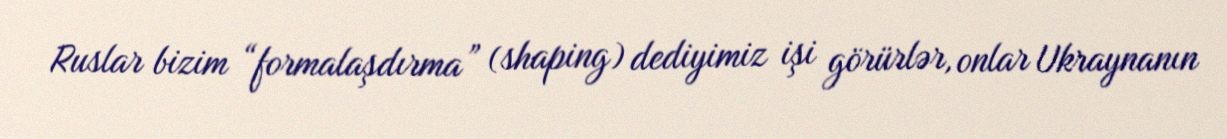
Ruslar bizim “formalaşdırma” (shaping) dediyimiz işi görürlər, onlar Ukraynanın